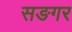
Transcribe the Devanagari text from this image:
सङगर